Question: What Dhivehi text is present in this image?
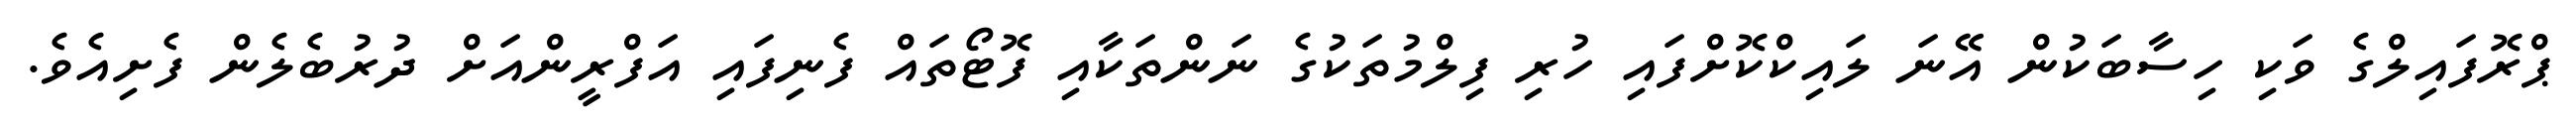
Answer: ޕްރޮފައިލްގެ ވަކި ހިސާބަކުން އޭނަ ލައިކްކޮށްފައި ހުރި ފިލްމުތަކުގެ ނަންތަކާއި ފޮޓޯތައް ފެނިފައި އަފްރީންއަށް ދުރުބެލެން ފެށިއެވެ.